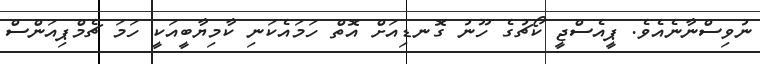
ނުވިސްނާނެއެވެ. ޕީއެސްޖީ ކޯޗުގެ ހޫނު ގޮނޑިއަށް އޮތް ހަމައެކަނި ކާމިޔާބީއަކީ ހަމަ ޗެމްޕިއަންސް